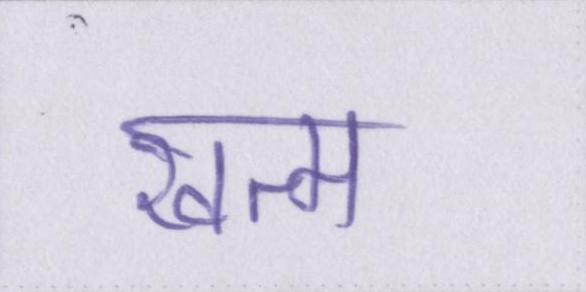
खत्म